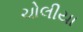
ચોલીયા